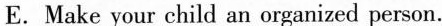
E. Make your child an organized person.